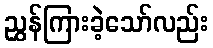
ညွှန်ကြားခဲ့သော်လည်း